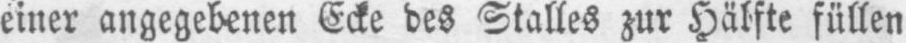
einer angegebenen Ecke des Stalles zur Hälfte füllen